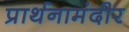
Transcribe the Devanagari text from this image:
प्रार्थनामंदीर